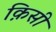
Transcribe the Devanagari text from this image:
क़िसी